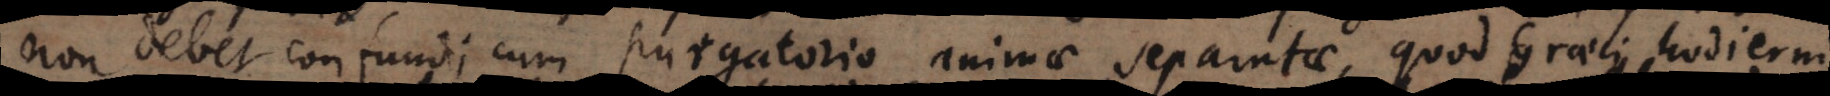
non debet confundi cum purgatorio animae separatae, quod Graeci hodierni